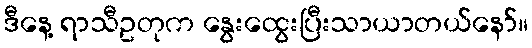
ဒီနေ့ ရာသီဥတုက နွေးထွေးပြီးသာယာတယ်နော်။